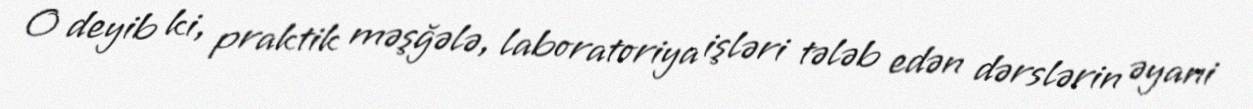
O deyib ki, praktik məşğələ, laboratoriya işləri tələb edən dərslərin əyani